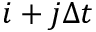
i + j \Delta t